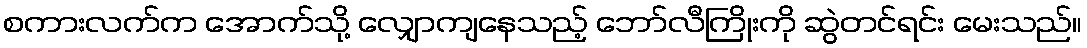
စကားလက်က အောက်သို့ လျှောကျနေသည့် ဘော်လီကြိုးကို ဆွဲတင်ရင်း မေးသည်။